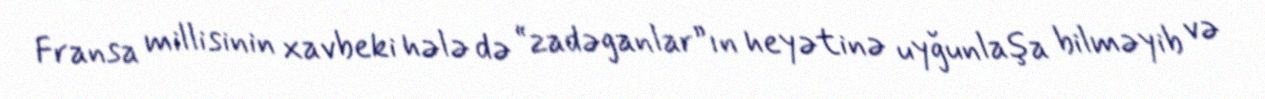
Fransa millisinin xavbeki hələ də “zadəganlar”ın heyətinə uyğunlaşa bilməyib və